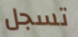
تسجل